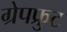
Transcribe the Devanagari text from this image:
ग्रेपफ्रुट